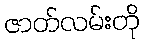
ဇာတ်လမ်းတို